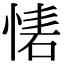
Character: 𢝇